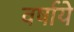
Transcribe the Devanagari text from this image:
वर्षाये